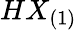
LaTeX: HX_{(1)}